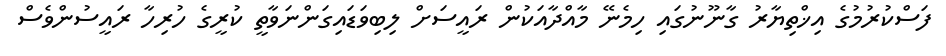
ފަސްކުރުމުގެ އިޚްތިޔާރު ގާނޫނުގައި ހިމެނޭ މާއްދާއަކުން ރައީސަށް ލިބިވަޑައިގަންނަވާތީ ކުރީގެ ހުރިހާ ރައީސުންވެސް